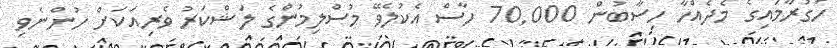
ހަގުރާމައިގެ މެދެއްހާ ހިސާބުން 70